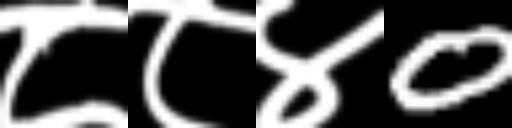
Text: ८८४0